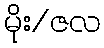
မိုး/ဇလ